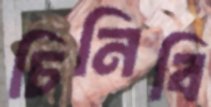
চিনিবি